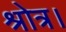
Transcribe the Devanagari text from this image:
श्रोत्र।